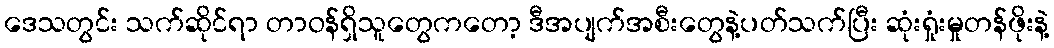
ဒေသတွင်း သက်ဆိုင်ရာ တာဝန်ရှိသူတွေကတော့ ဒီအပျက်အစီးတွေနဲ့ပတ်သက်ပြီး ဆုံးရှုံးမှုတန်ဖိုးနဲ့